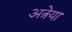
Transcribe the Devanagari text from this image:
अत्रेया